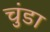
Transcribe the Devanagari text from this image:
चुंडा